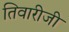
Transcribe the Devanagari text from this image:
तिवारीजी